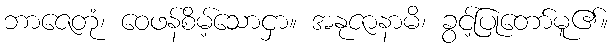
ဘာဇေတုံ၊ ဝေဖန်စိမ့်သောငှာ။ အနုဇာနာမိ၊ ခွင့်ပြုတော်မူ၏။